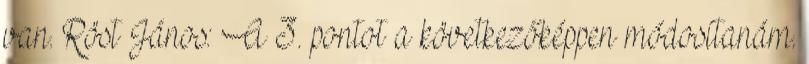
van. Röst János: A 3. pontot a következőképpen módosítanám.